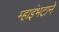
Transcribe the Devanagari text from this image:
म्हाइंभटाने